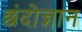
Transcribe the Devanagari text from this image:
छंदोज्ञान